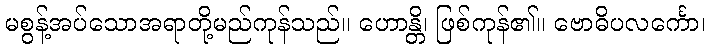
မစွန့်အပ်သောအရာတို့မည်ကုန်သည်။ ဟောန္တိ၊ ဖြစ်ကုန်၏။ ဗောဓိပလင်္ကော၊